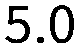
5.0